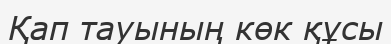
Қап тауының көк құсы